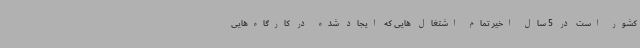
کشور است در 5 سال اخیر تمام اشتغال هایی که ایجاد شده در کارگاه‌هایی